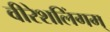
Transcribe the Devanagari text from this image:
वीरेशलिंगम्